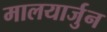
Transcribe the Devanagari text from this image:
मालयार्जुन